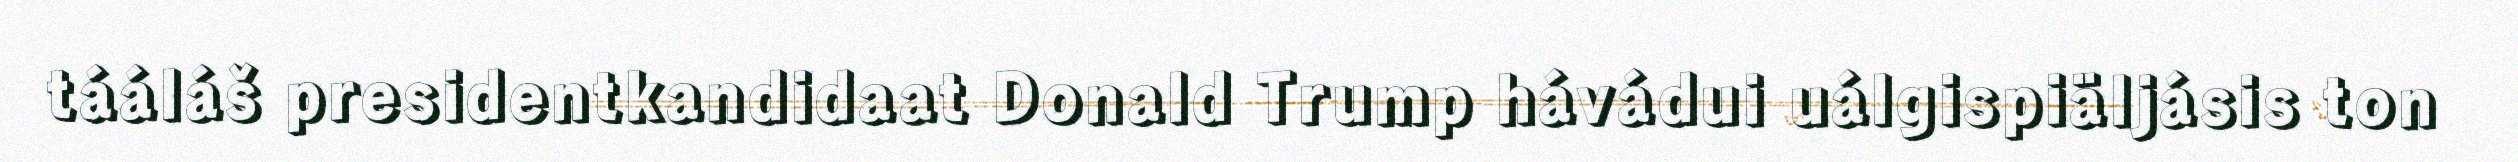
tááláš presidentkandidaat Donald Trump hávádui uálgispiäljásis ton